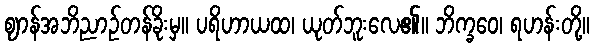
ဈာန်အဘိညာဉ်တန်ခိုးမှ။ ပရိဟာယထ၊ ယုတ်ဘူးလေ၏။ ဘိက္ခဝေ၊ ရဟန်းတို့။